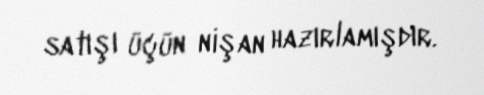
satışı üçün nişan hazırlamışdır.